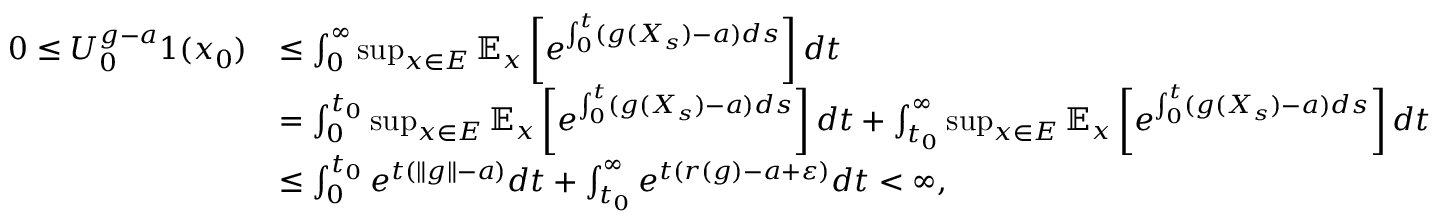
\begin{array} { r l } { 0 \leq U _ { 0 } ^ { g - a } 1 ( x _ { 0 } ) } & { \leq \int _ { 0 } ^ { \infty } \operatorname* { s u p } _ { x \in E } \mathbb { E } _ { x } \left[ e ^ { \int _ { 0 } ^ { t } ( g ( X _ { s } ) - a ) d s } \right] d t } \\ & { = \int _ { 0 } ^ { t _ { 0 } } \operatorname* { s u p } _ { x \in E } \mathbb { E } _ { x } \left[ e ^ { \int _ { 0 } ^ { t } ( g ( X _ { s } ) - a ) d s } \right] d t + \int _ { t _ { 0 } } ^ { \infty } \operatorname* { s u p } _ { x \in E } \mathbb { E } _ { x } \left[ e ^ { \int _ { 0 } ^ { t } ( g ( X _ { s } ) - a ) d s } \right] d t } \\ & { \leq \int _ { 0 } ^ { t _ { 0 } } e ^ { t ( \Vert g \Vert - a ) } d t + \int _ { t _ { 0 } } ^ { \infty } e ^ { t ( r ( g ) - a + \varepsilon ) } d t < \infty , } \end{array}